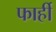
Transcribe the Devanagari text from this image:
फार्ही